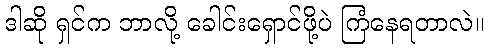
ဒါဆို ရှင်က ဘာလို့ ခေါင်းရှောင်ဖို့ပဲ ကြံနေရတာလဲ။